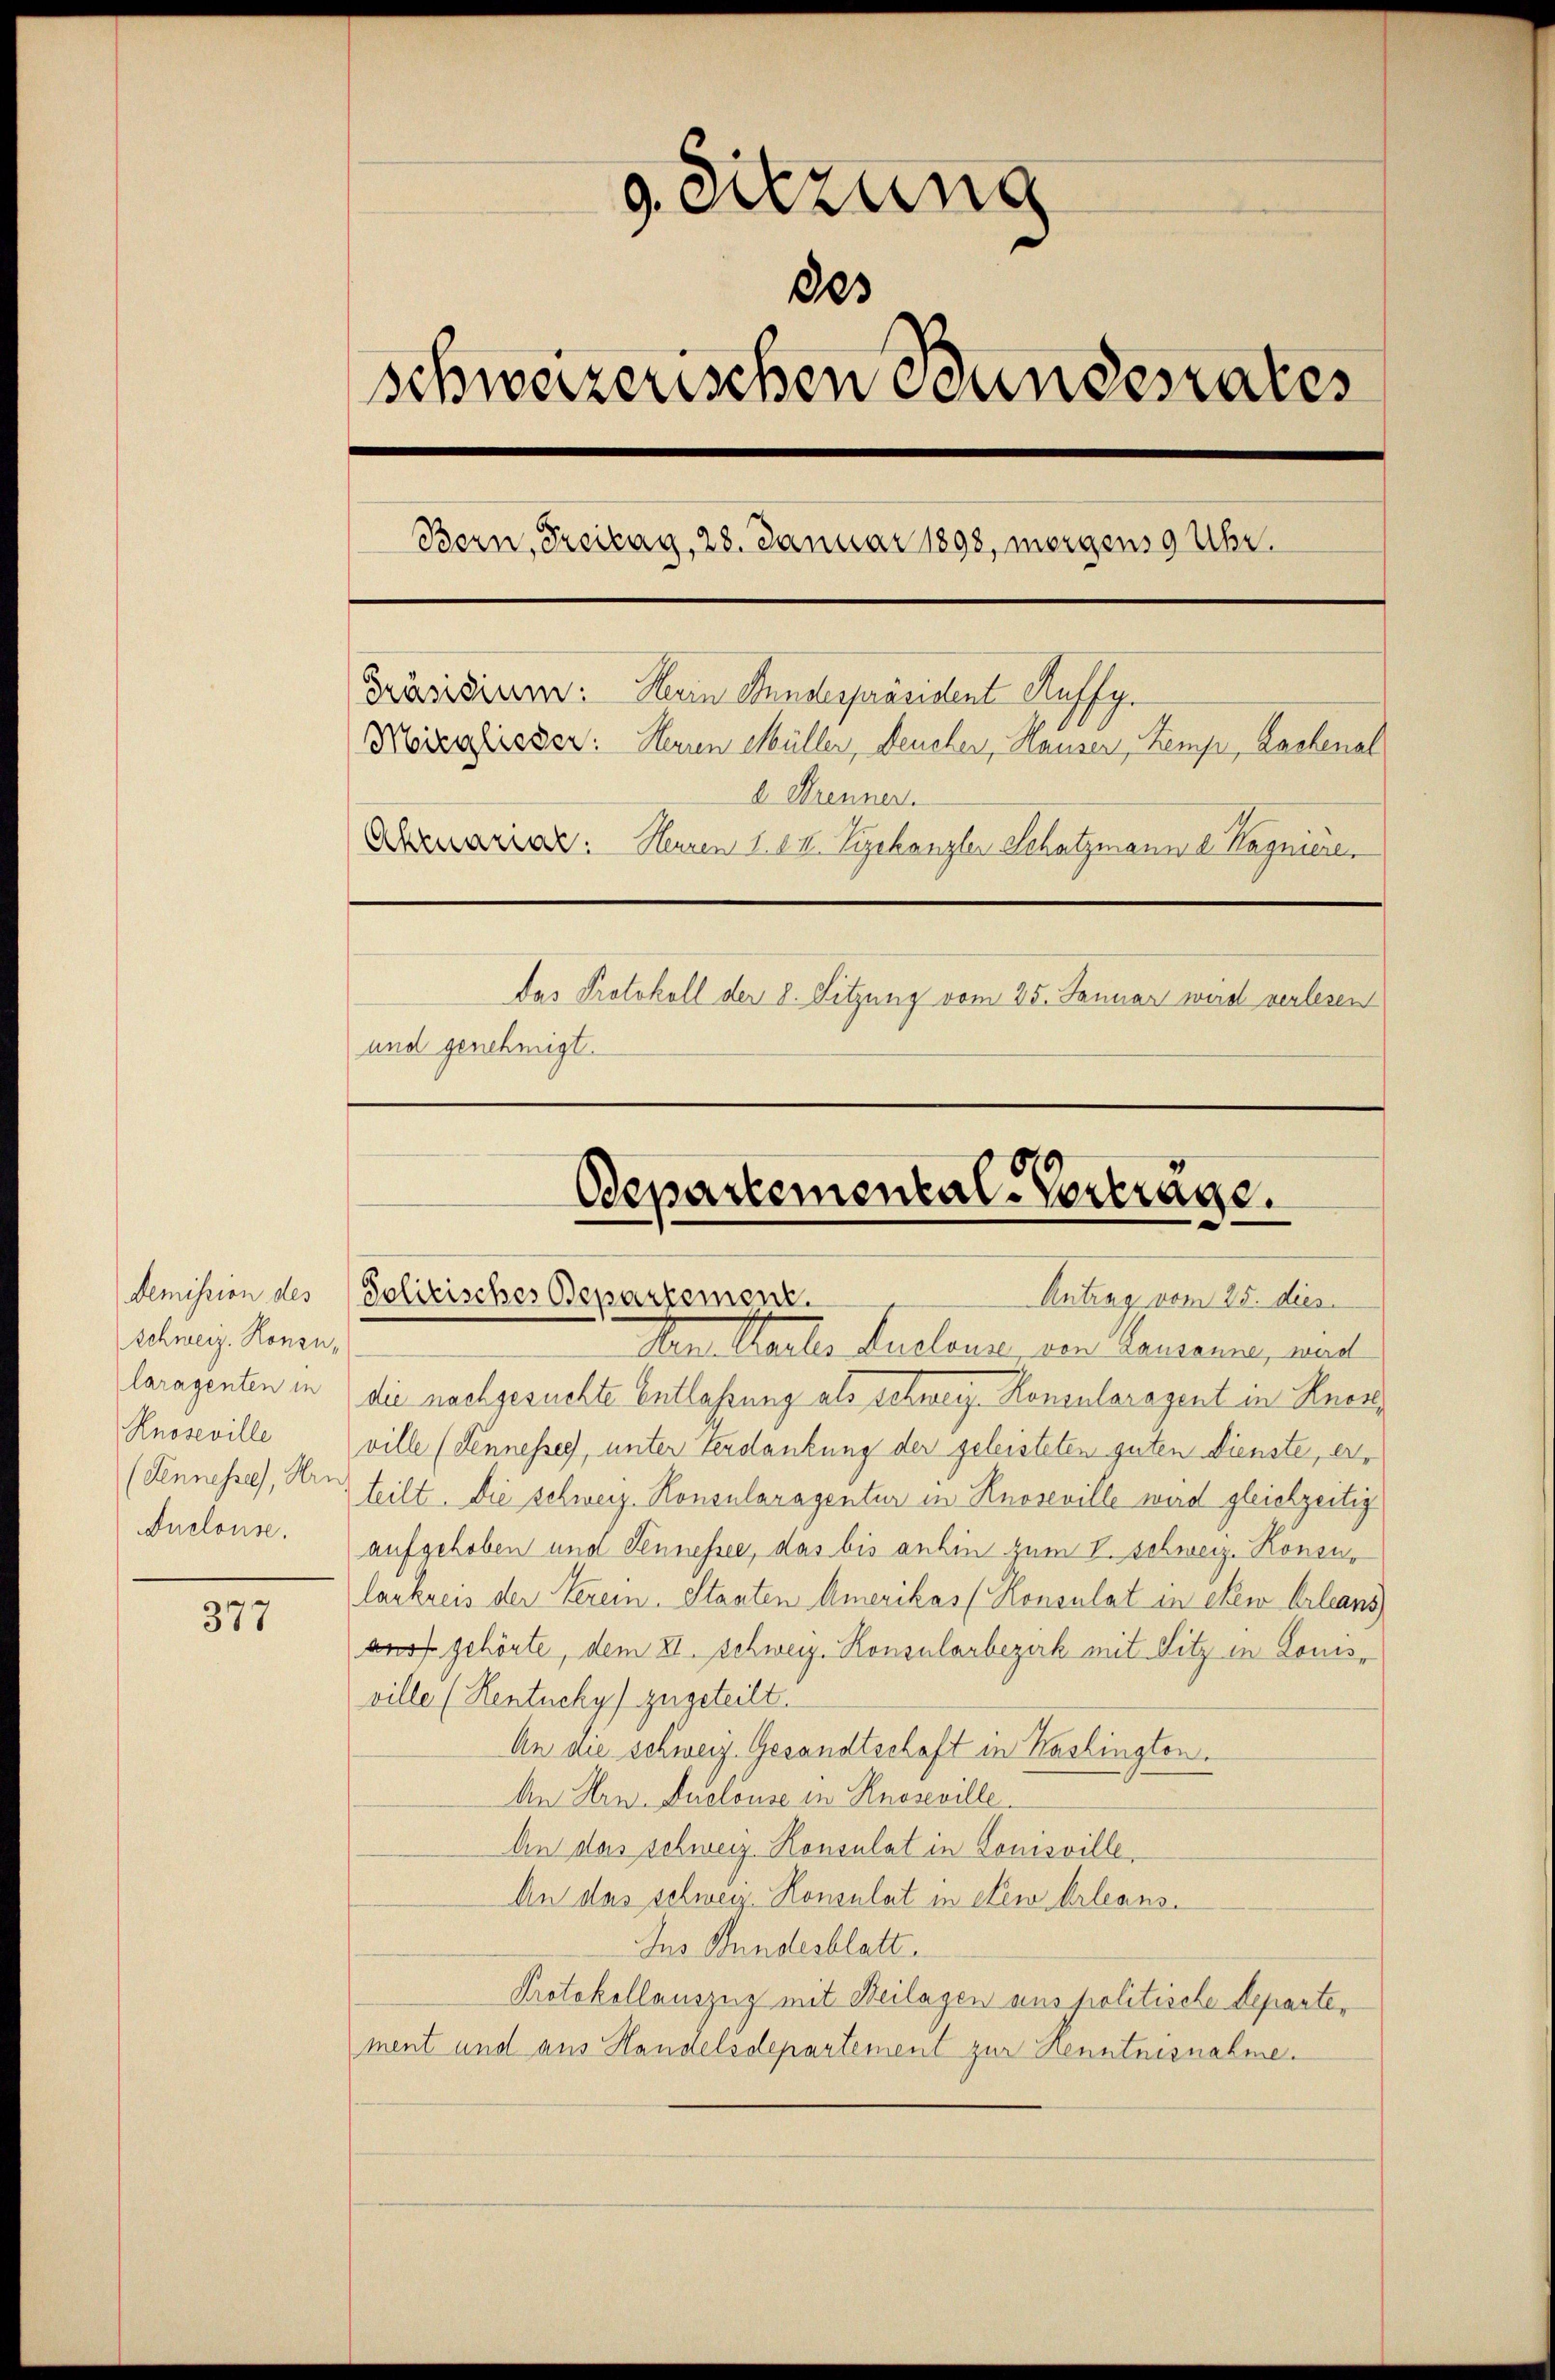
Demission des
Schweiz. Konsularagenten in
Knoseville
(Fennesses, Hrn.
Ouclouse.

377

g. Sitzung
des
schweizerischen Bundesrates
Bern, Freitag, 28. Januar 1898, morgens 9 Uhr.
Präsidiren: Herin Stundespräsident Auffy.
Mörzghisser: Herren Müller, Deucher, Hauser, Kemp, Lachenal
d Strenner.
Ahrenariat. Heuren 1. IV. Tychanzler Schatzmann d. Magniere
Das Protokoll der 8. Sitzung vom 25. Januar wird verlesen
und genehmigt.

Departemental-Vortrage.
Solitisches Departement.
Antrag vom 25. dies

Amittanter Auslause, von Lausanne, und
die nachgesuchte Entlassung als Schweiz. Konsularagent in Knez
ville (Tennesses, unter Verdankung der geleisteten guten Dienste, erteilt. Die schweiz. Konsularagentur in Knoseville wird gleichzeitig
aufgehoben und Sennessee, das bis anhin zum V. Schweiz. Konsularkreis der Verein. Staaten Amerikas (Konsulat in eben Arleans
aus gehörte, dem XI. Schweiz. Konsularbezirk mit Sitz in Louis-
ville (Kentuchy zugeteilt.
An die schweiz. Gesandtschaft in Washington.
An Hrn. Duclouse in Knoseville
An das schweiz. Konsulat in Louisville,
An das schweiz. Konsulat in eew Arleans
Ins Bundesblatt.
Protokollauszug mit Beilagen aus politische Departe,
ment und aus Handelsdepartement zur Henntnisnahme.